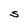
Character: s